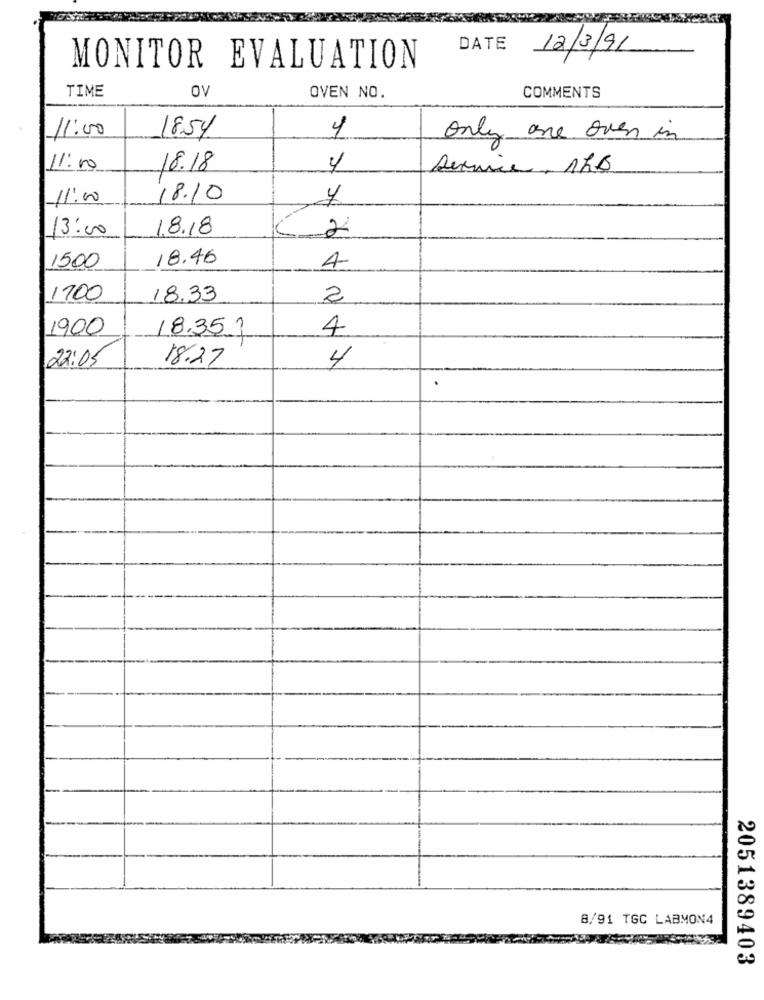
DATE
12/3/91
MONITOR EVALUATION
OV
TIME
OVEN NO.
COMMENTS
11:00
18.54
only one over in
11:00
18.18
4
11:00
18.10
13:00
1.8.18
2
18.46
1500
4
1700
18.33
2
1900
18.351
4
22:05
18.27
4
8/91 TGC LABMON4
2051389403